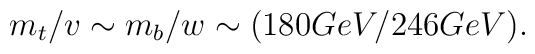
m_t/v \sim m_b/w \sim (180 GeV/246GeV).